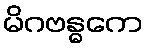
မိဂဗန္ဓကေ